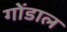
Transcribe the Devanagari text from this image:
गोंडाल